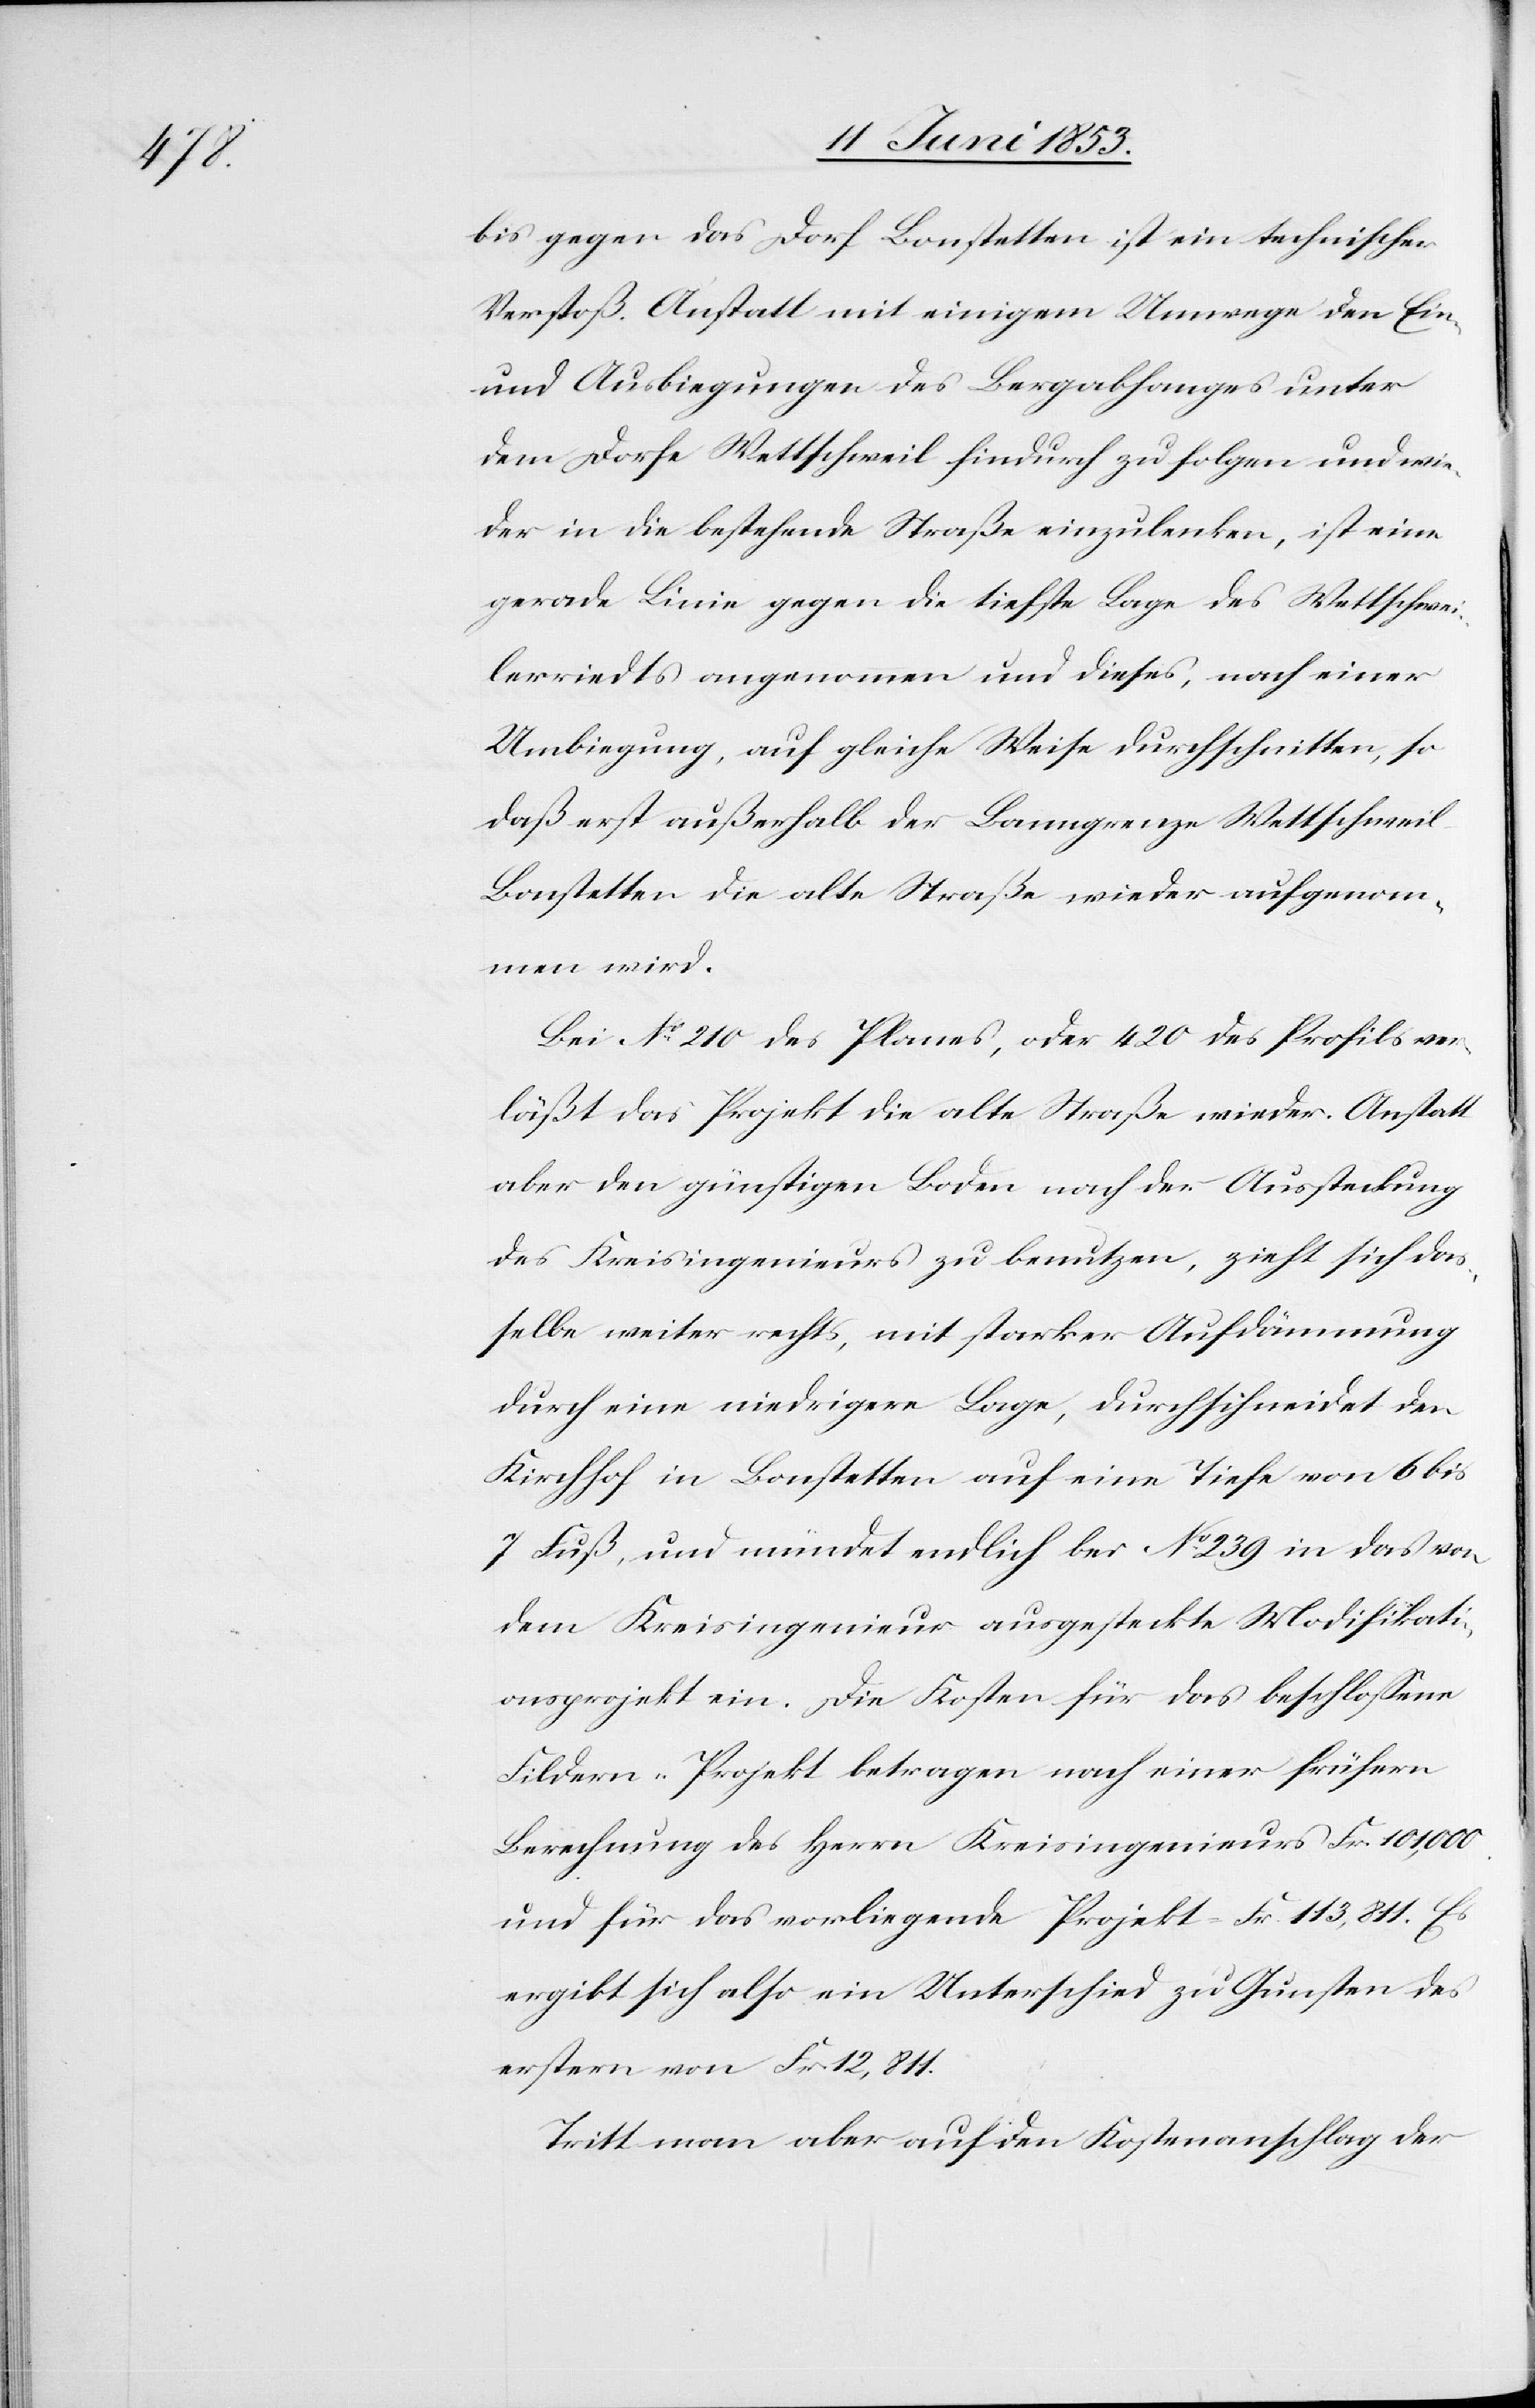
bis gegen das Dorf Bonstetten ist ein technischer
Verstoß. Anstatt mit einigem Umwege den Ein-
und Ausbiegungen des Bergabhanges unter
dem Dorfe Wettschweil hindurch zu folgen und wie¬
der in die bestehende Straße einzulenken, ist eine
gerade Linie gegen die tiefste Lage des Wettschwei¬
lerriedts angenommen und dieses, nach einer
Umbiegung, auf gleiche Weise durchgeschnitten, so
daß erst außerhalb der Banngrenze Wettschweil
Bonstetten die alte Straße wieder aufgenom¬
men wird.
Bei N°. 210 des Planes, oder 420 des Profils ver¬
läßt das Projekt die alte Straße wieder. Anstatt
aber den günstigen Boden nach der Aussteckung
des Kreisingenieurs zu benutzen, zieht sich das¬
selbe weiter rechts, mit starker Aufdämmung
durch eine niedrigere Lage, durchschneidet den
Kirchhof in Bonstetten auf eine Tiefe von 6 bis
7 Fuß, und mündet endlich bei N°. 239 in das vor
dem Kreisingenieur aufgesteckte Modifikati¬
onsprojekt ein. Die Kosten für das beschloßene
Fildern-Projekt betragen nach einer frühern
Berechnung des Herrn Kreisingenieur Fr. 101,000.
und für das vorliegende Projekt Fr. 113,811. Es
ergibt sich also eine Unterschied zu Gunsten des
erstern von Fr. 12,811.
Tritt man aber auf den Kostenanschlag der